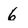
Character: 6